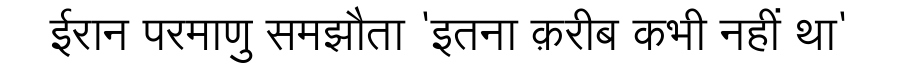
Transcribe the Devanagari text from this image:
ईरान परमाणु समझौता 'इतना क़रीब कभी नहीं था'